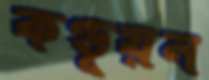
কণ্ডূয়ন